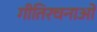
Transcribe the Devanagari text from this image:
गीतिरचनाओं